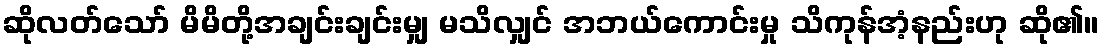
ဆိုလတ်သော် မိမိတို့အချင်းချင်းမျှ မသိလျှင် အဘယ်ကောင်းမှု သိကုန်အံ့နည်းဟု ဆို၏။